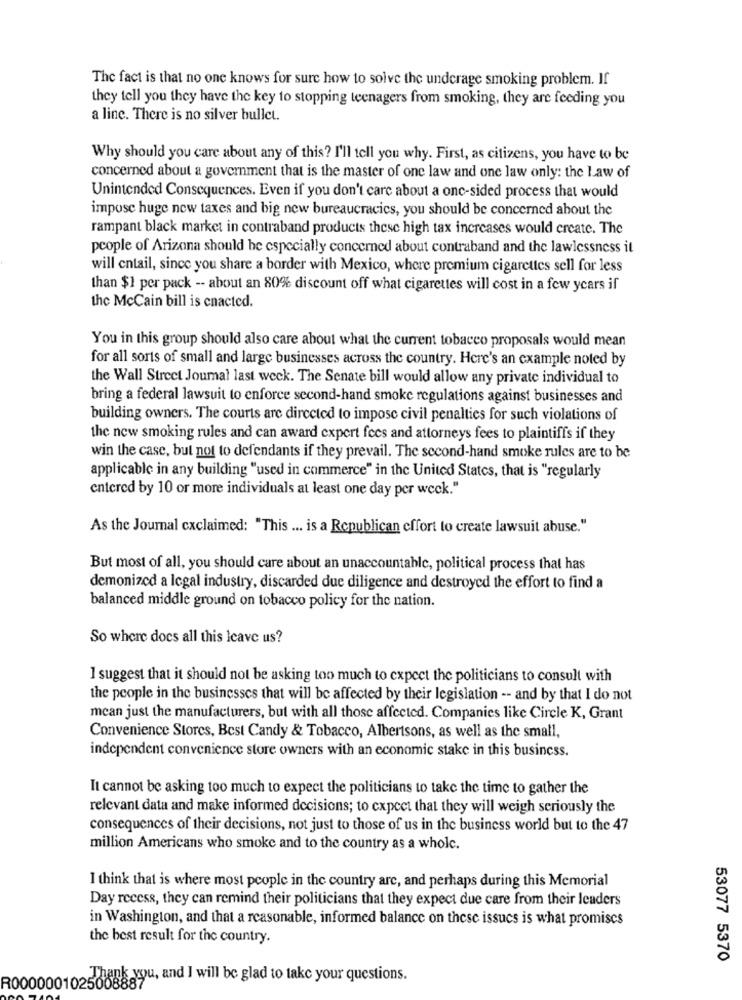
The fact is that no one knows for sure how to solve the underage smoking problem. If
they tell you they have the key to stopping teenagers from smoking, they are feeding you
a line. There is no silver bullet.
Why should you care about any of this? I'll tell you why. First, as citizens, you have to be
concerned about a government that is the master of one law and one law only: the Law of
Unintended Consequences. Even if you don't care about a one-sided process that would
impose huge new taxes and big new bureaucracies, you should be concerned about the
rampant black market in contraband products these high tax increases would create. The
people of Arizona should he especially concerned about contraband and the lawlessness it
will cntail, since you share a border with Mexico, where premium cigarettes sell for less
than $1 per pack -- about an 80% discount off what cigarettes will cost in a few years if
the McCain bill is enacted.
You in this group should also care about what the current tobacco proposals would mean
for all sorts of small and large businesses across the country. Here's an example noted by
the Wall Street Journal last week. The Senate bill would allow any private individual to
bring a federal lawsuit to enforce second-hand smoke regulations against businesses and
building owners. The courts are directed to impose civil penalties for such violations of
the new smoking rules and can award expert fees and attorneys fees to plaintiffs if they
win the case, but not to defendants if they prevail. The second-hand smoke rules are to be
applicable in any building "used in commerce" in the United States, that is "regularly
entered by 10 or more individuals at least one day per week."
As the Journal cxclaimed: "This ... is a Republican effort to create lawsuit abuse."
But most of all, you should care about an unaccountable, political process that has
demonized a legal industry, discarded due diligence and destroyed the effort to find a
balanced middle ground on tobacco policy for the nation.
So where does all this leave us?
I suggest that it should not be asking too much to expect the politicians to consult with
the people in the businesses that will be affected by their legislation -- and by that I do not
mean just the manufacturers, but with all those affected. Companies like Circle K, Grant
Convenience Stores, Best Candy & Tobacco, Albertsons, as well as the small,
independent convenience store owners with an economic stake in this business.
It cannot be asking too much to expect the politicians to take the time to gather the
relevant data and make informed decisions; to expect that they will weigh seriously the
consequences of their decisions, not just to those of us in the business world but to the 47
million Americans who smoke and to the country as a whole.
I think that is where most people in the country arc, and perhaps during this Memorial
Day recess, they can remind their politicians that they expect due care from their leaders
in Washington, and that a reasonable, informed balance on these issues is what promises
the best result for the country.
53077 5370
R00000010250855d'ou, and I will be glad to take your questions.